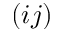
( i j )